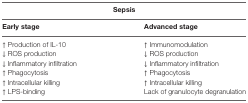
<table><thead><tr><td colspan="2"><b>Sepsis</b></td></tr><tr><td><b>Early stage</b></td><td><b>Advanced stage</b></td></tr></thead><tbody><tr><td>↑ Production of IL-10</td><td>↑ Immunomodulation</td></tr><tr><td>↓ ROS production</td><td>↓ ROS production</td></tr><tr><td>↓ Inflammatory infiltration</td><td>↓ Inflammatory infiltration</td></tr><tr><td>↑ Phagocytosis</td><td>↑ Phagocytosis</td></tr><tr><td>↑ Intracellular killing</td><td>↑ Intracellular killing</td></tr><tr><td>↑ LPS-binding</td><td>Lack of granulocyte degranulation</td></tr></tbody></table>